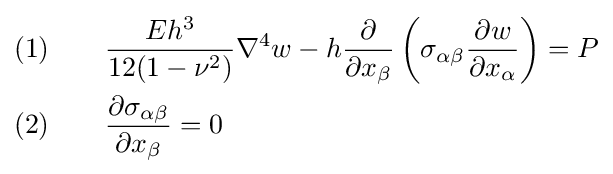
{\begin{aligned}(1)\qquad &{\frac {Eh^{3}}{12(1-\nu ^{2})}}\nabla ^{4}w-h{\frac {\partial }{\partial x_{\beta }}}\left(\sigma _{\alpha \beta }{\frac {\partial w}{\partial x_{\alpha }}}\right)=P\\(2)\qquad &{\frac {\partial \sigma _{\alpha \beta }}{\partial x_{\beta }}}=0\end{aligned}}